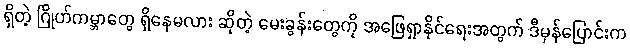
ရှိတဲ့ ဂြိုဟ်ကမ္ဘာတွေ ရှိနေမလား ဆိုတဲ့ မေးခွန်းတွေကို အဖြေရှာနိုင်ရေးအတွက် ဒီမှန်ပြောင်းက